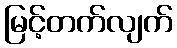
မြင့်တက်လျက်